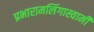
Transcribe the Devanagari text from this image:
प्रभारामलिंगास्वामी